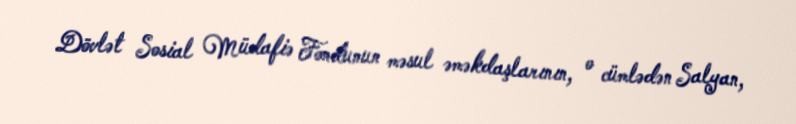
Dövlət Sosial Müdafiə Fondunun məsul əməkdaşlarının, o cümlədən Salyan,